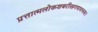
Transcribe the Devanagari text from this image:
प्रत्तात्मलोकशबरीखगपावनस्य।